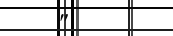
"